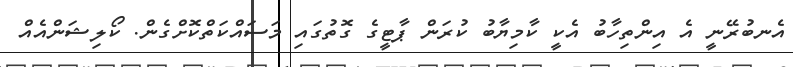
އެނބުރޭނީ އެ އިންތިހާބު އެކީ ކާމިޔާބު ކުރަން ޕާޓީގެ ގޮތުގައި މަސައްކަތްކޮށްގެން. ކޯލިޝަންއެއް